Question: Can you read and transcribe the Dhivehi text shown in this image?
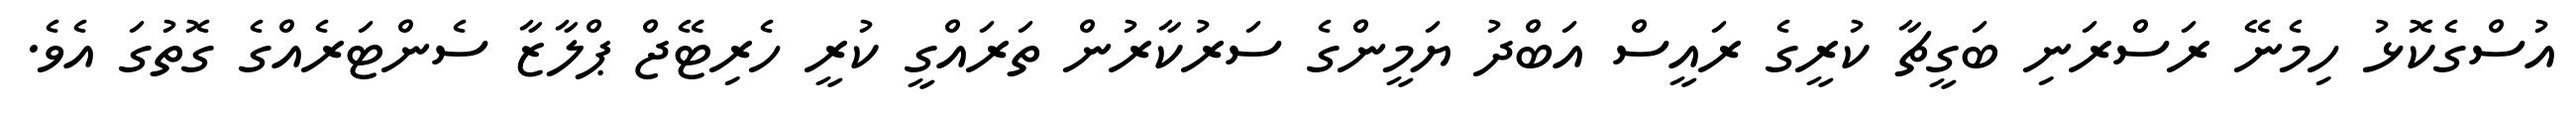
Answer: އުސްގެކޮޅު ހިމެނޭ ރަސްރަނި ބަގީޗާ ކުރީގެ ރައީސް އަބްދު ޔަމީންގެ ސަރުކާރުން ތަރައްގީ ކުރީ ހެރިޓޭޖް ޕްލާޒާ ސެންޓަރެއްގެ ގޮތުގަ އެވެ.